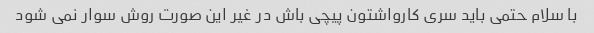
با سلام حتمی باید سری کارواشتون پیچی باش در غیر این صورت روش سوار نمی شود